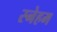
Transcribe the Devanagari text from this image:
स्नेहम